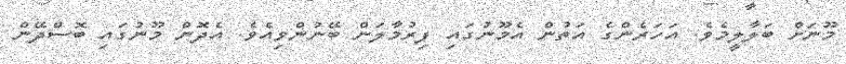
މޫނަށް ބަލާލީމެވެ. އަހަރެންގެ އަތުން އެމޫނުގައި ފިރުމާލަން ބޭނުންވިއެވެ. އެދޮން މޫނުގައި ބޮސްދޭން